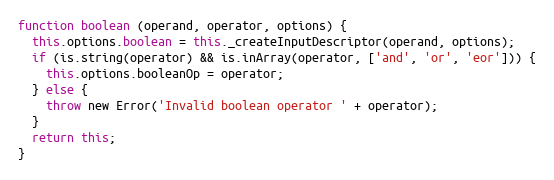
Language: JavaScript
function boolean (operand, operator, options) {
  this.options.boolean = this._createInputDescriptor(operand, options);
  if (is.string(operator) && is.inArray(operator, ['and', 'or', 'eor'])) {
    this.options.booleanOp = operator;
  } else {
    throw new Error('Invalid boolean operator ' + operator);
  }
  return this;
}